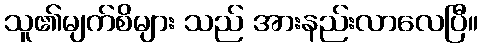
သူ၏မျက်စိများ သည် အားနည်းလာလေပြီ။